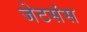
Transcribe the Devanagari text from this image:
जेटसंस